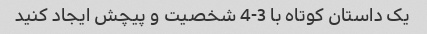
یک داستان کوتاه با 3-4 شخصیت و پیچش ایجاد کنید